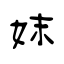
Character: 妺